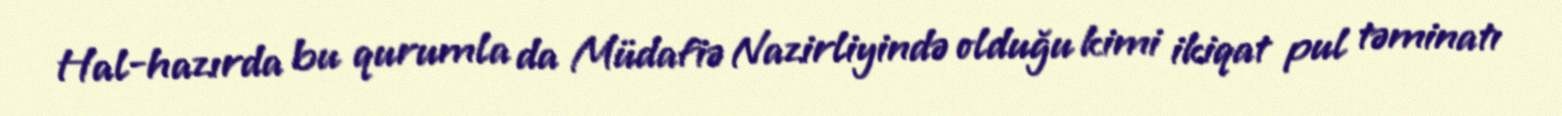
Hal-hazırda bu qurumla da Müdafiə Nazirliyində olduğu kimi ikiqat pul təminatı